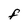
Character: F